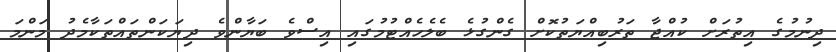
ދިނުމުގެ އިތުރަށް ކުއްޖާ ތަރުބިއްޔަތުކޮށް ގެންގުޅެ ބެލެހެއްޓުމުގައި އިސްވެ ބަޔާންވެ ދިޔަކަންތައްތަކާމެދު މަންމަ